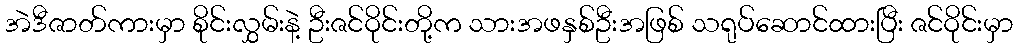
အဲဒီဇာတ်ကားမှာ စိုင်းလွှမ်းနဲ့ ဦးဇင်ဝိုင်းတို့က သားအဖနှစ်ဦးအဖြစ် သရုပ်ဆောင်ထားပြီး ဇင်ဝိုင်းမှာ